system: You are a helpful assistant.
user:
Analyze the provided spectrum to determine if it is a **S-type Star**.

- **Key Indicators for S-type Star:**

    - **(Overall Spectrum Shape):** The first and most obvious characteristic is the overall continuum (the "baseline" shape). It is **extremely "red-sloping,"** meaning the flux (light intensity) is very low on the left side (blue, ~4000-4500 Å) and rises steeply and continuously toward the right side (red, ~7000 Å+).

    - **(Primary):** The spectrum is defined by the presence of strong, broad molecular absorption "valleys" (bands) from **Zirconium Oxide (ZrO)**. The identification of these bands is the **primary requirement** for classifying a star as S-type.
        - **(Key Bandheads):** You must find distinct, deep "dips" where the light has been absorbed. The most critical band systems to locate are:
            - **~6474 Å** ($\gamma$-system): This is often the strongest and clearest ZrO feature, found in the red part of the spectrum.
            - **~5718 Å** & **~5551 Å** ($\beta$-system): A pair of prominent absorption features in the yellow-orange part of the spectrum.
            - **~4640 Å** ($\alpha$-system): A key absorption band system in the blue-green region of the spectrum.

    - **(Secondary Confirmation):** The classification is strengthened by finding additional absorption bands from other related heavy element oxides, which are expected to be present alongside ZrO.
        - **(Key Bandheads):**
            - **Yttrium Oxide (YO):** Look for absorption dips near **~4800 Å** and **~6100 Å**.
            - **Lanthanum Oxide (LaO):** Additional absorption features, particularly in the red-orange part of the spectrum, are also characteristic.

    - **(Line Profile):** The combination of the steep red continuum and these numerous, deep molecular bands (ZrO, YO, etc.) gives the entire spectrum a very **"chopped-up"** or **"bumpy"** appearance. Instead of a smooth curve, the spectrum looks as though large, wide chunks of light have been "carved out" of it at the specific wavelengths listed above.

Think first, call **spectral_visualization_tool** if needed to examine features in detail, then provide your final answer. Your response must adhere to the following strict rules:
1.  **Overall Structure:** Your response must follow the format `<think>...</think> <tool_call>...</tool_call> (if a tool is used) <answer>...</answer>`.
2.  **Tool Usage Constraint:** You may only make **one** tool call per turn.
3.  **Final Answer Format:** In the `<answer>` tag, your conclusion must be inside a `\boxed{}` command (e.g., `\boxed{YES}` or `\boxed{NO}`), followed by your justification.

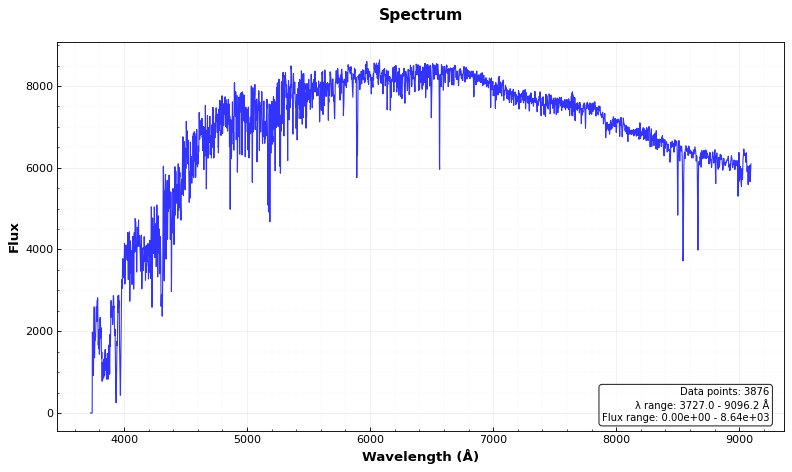
Answer: NO